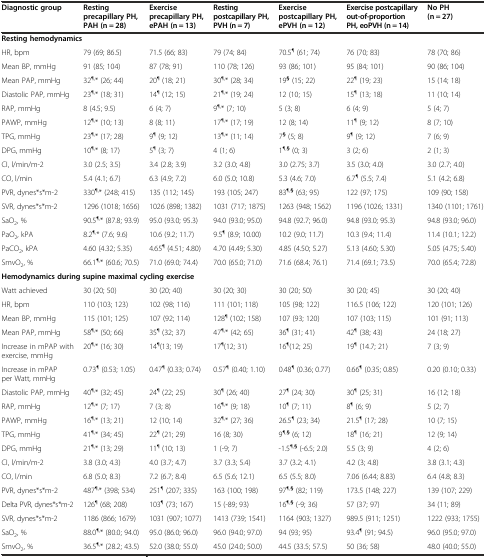
<table><thead><tr><td><b>Diagnostic group</b></td><td><b>Resting precapillary PH, PAH (n = 28)</b></td><td><b>Exercise precapillary PH, ePAH (n = 13)</b></td><td><b>Resting postcapillary PH, PVH (n = 7)</b></td><td><b>Exercise postcapillary PH, ePVH (n = 12)</b></td><td><b>Exercise postcapillary out-of-proportion PH, eoPVH (n = 14)</b></td><td><b>No PH (n = 27)</b></td></tr></thead><tbody><tr><td colspan="6"><b>Resting hemodynamics</b></td><td></td></tr><tr><td>HR, bpm</td><td>79 (69; 86.5)</td><td>71.5 (66; 83)</td><td>79 (74; 84)</td><td>70.5<sup>¶</sup> (61; 74)</td><td>76 (70; 83)</td><td>78 (70; 86)</td></tr><tr><td>Mean BP, mmHg</td><td>91 (85; 104)</td><td>87 (78; 91)</td><td>110 (78; 126)</td><td>93 (86; 101)</td><td>95 (84; 101)</td><td>90 (86; 104)</td></tr><tr><td>Mean PAP, mmHg</td><td>32<sup>¶,</sup>* (26; 44)</td><td>20<sup>¶</sup> (18; 21)</td><td>30<sup>¶,</sup>* (28; 34)</td><td>19<sup><b>§</b></sup> (15; 22)</td><td>22<sup>¶</sup> (19; 23)</td><td>15 (14; 18)</td></tr><tr><td>Diastolic PAP, mmHg</td><td>23<sup>¶,</sup>* (18; 31)</td><td>14<sup>¶</sup> (12; 15)</td><td>21<sup>¶,</sup>* (19; 24)</td><td>12 (10; 15)</td><td>15<sup>¶</sup> (13; 18)</td><td>11 (10; 14)</td></tr><tr><td>RAP, mmHg</td><td>8 (4.5; 9.5)</td><td>6 (4; 7)</td><td>9<sup>¶,</sup>* (7; 10)</td><td>5 (3; 8)</td><td>6 (4; 9)</td><td>5 (4; 7)</td></tr><tr><td>PAWP, mmHg</td><td>12<sup>¶,</sup>* (10; 13)</td><td>8 (8; 11)</td><td>17<sup>¶,</sup>* (17; 19)</td><td>12 (8; 14)</td><td>11<sup>¶</sup> (9; 12)</td><td>8 (7; 10)</td></tr><tr><td>TPG, mmHg</td><td>23<sup>¶,</sup>* (17; 28)</td><td>9<sup>¶</sup> (9; 12)</td><td>13<sup>¶,</sup>* (11; 14)</td><td>7<sup><b>§</b></sup> (5; 8)</td><td>9<sup>¶</sup> (9; 12)</td><td>7 (6; 9)</td></tr><tr><td>DPG, mmHg</td><td>10<sup>¶,</sup>* (8; 17)</td><td>5<sup>¶</sup> (3; 7)</td><td>4 (1; 6)</td><td>1<sup>¶,</sup><sup><b>§</b></sup> (0; 3)</td><td>3 (2; 6)</td><td>2 (1; 3)</td></tr><tr><td>CI, l/min/m-2</td><td>3.0 (2.5; 3.5)</td><td>3.4 (2.8; 3.9)</td><td>3.2 (3.0; 4.8)</td><td>3.0 (2.75; 3.7)</td><td>3.5 (3.0; 4.0)</td><td>3.0 (2.7; 4.0)</td></tr><tr><td>CO, l/min</td><td>5.4 (4.1; 6.7)</td><td>6.3 (4.9; 7.2)</td><td>6.0 (5.0; 10.8)</td><td>5.3 (4.6; 7.0)</td><td>6.7<sup>¶</sup> (5.5; 7.4)</td><td>5.1 (4.2; 6.8)</td></tr><tr><td>PVR, dynes*s*m-2</td><td>330<sup>¶,</sup>* (248; 415)</td><td>135 (112; 145)</td><td>193 (105; 247)</td><td>83<sup>¶,</sup><sup><b>§</b></sup> (63; 95)</td><td>122 (97; 175)</td><td>109 (90; 158)</td></tr><tr><td>SVR, dynes*s*m-2</td><td>1296 (1018; 1656)</td><td>1026 (898; 1382)</td><td>1031 (717; 1875)</td><td>1263 (948; 1562)</td><td>1196 (1026; 1331)</td><td>1340 (1101; 1761)</td></tr><tr><td>SaO<sub>2</sub>, %</td><td>90.5<sup>¶,</sup>* (87.8; 93.9)</td><td>95.0 (93.0; 95.3)</td><td>94.0 (93.0; 95.0)</td><td>94.8 (92.7; 96.0)</td><td>94.8 (93.0; 95.3)</td><td>94.8 (93.0; 96.0)</td></tr><tr><td>PaO<sub>2</sub>, kPA</td><td>8.2<sup>¶,</sup>* (7.6; 9.6)</td><td>10.6 (9.2; 11.7)</td><td>9.5<sup>¶</sup> (8.9; 10.00)</td><td>10.2 (9.0; 11.7)</td><td>10.3 (9.4; 11.4)</td><td>11.4 (10.1; 12.2)</td></tr><tr><td>PaCO<sub>2</sub>, kPA</td><td>4.60 (4.32; 5.35)</td><td>4.65<sup>¶</sup> (4.51; 4.80)</td><td>4.70 (4.49; 5.30)</td><td>4.85 (4.50; 5.27)</td><td>5.13 (4.60; 5.30)</td><td>5.05 (4.75; 5.40)</td></tr><tr><td>SmvO<sub>2</sub>, %</td><td>66.1<sup>¶,</sup>* (60.6; 70.5)</td><td>71.0 (69.0; 74.4)</td><td>70.0 (65.0; 71.0)</td><td>71.6 (68.4; 76.1)</td><td>71.4 (69.1; 73.5)</td><td>70.0 (65.4; 72.8)</td></tr><tr><td colspan="6"><b>Hemodynamics during supine maximal cycling exercise</b></td><td></td></tr><tr><td>Watt achieved</td><td>30 (20; 50)</td><td>30 (20; 40)</td><td>30 (20; 30)</td><td>30 (20; 50)</td><td>30 (20; 45)</td><td>30 (20; 40)</td></tr><tr><td>HR, bpm</td><td>110 (103; 123)</td><td>102 (98; 116)</td><td>111 (101; 118)</td><td>105 (98; 122)</td><td>116.5 (106; 122)</td><td>120 (101; 126)</td></tr><tr><td>Mean BP, mmHg</td><td>115 (101; 125)</td><td>107 (92; 114)</td><td>128<sup>¶</sup> (102; 158)</td><td>107 (93; 120)</td><td>107 (103; 115)</td><td>101 (91; 113)</td></tr><tr><td>Mean PAP, mmHg</td><td>58<sup>¶,</sup>* (50; 66)</td><td>35<sup>¶</sup> (32; 37)</td><td>47<sup>¶,</sup>* (42; 65)</td><td>36<sup>¶</sup> (31; 41)</td><td>42<sup>¶</sup> (38; 43)</td><td>24 (18; 27)</td></tr><tr><td>Increase in mPAP with exercise, mmHg</td><td>20<sup>¶,</sup>* (16; 30)</td><td>14<sup>¶</sup>(13; 19)</td><td>17<sup>¶</sup>(12; 31)</td><td>16<sup>¶</sup>(12; 25)</td><td>19<sup>¶</sup> (14.7; 21)</td><td>7 (3; 9)</td></tr><tr><td>Increase in mPAP per Watt, mmHg</td><td>0.73<sup>¶</sup> (0.53; 1.05)</td><td>0.47<sup>¶</sup> (0.33; 0.74)</td><td>0.57<sup>¶</sup> (0.40; 1.10)</td><td>0.48<sup>¶</sup> (0.36; 0.77)</td><td>0.66<sup>¶</sup> (0.35; 0.85)</td><td>0.20 (0.10; 0.33)</td></tr><tr><td>Diastolic PAP, mmHg</td><td>40<sup>¶,</sup>* (32; 45)</td><td>24<sup>¶</sup> (22; 25)</td><td>30<sup>¶</sup> (26; 40)</td><td>27<sup>¶</sup> (24; 30)</td><td>30<sup>¶</sup> (25; 31)</td><td>16 (12; 18)</td></tr><tr><td>RAP, mmHg</td><td>12<sup>¶,</sup>* (7; 17)</td><td>7 (3; 8)</td><td>16<sup>¶,</sup>* (9; 18)</td><td>10<sup>¶</sup> (7; 11)</td><td>8<sup>¶</sup> (6; 9)</td><td>5 (2; 7)</td></tr><tr><td>PAWP, mmHg</td><td>16<sup>¶,</sup>* (13; 21)</td><td>12 (10; 14)</td><td>32<sup>¶,</sup>* (27; 36)</td><td>26.5<sup>¶</sup> (23; 34)</td><td>21.5<sup>¶</sup> (17; 28)</td><td>10 (7; 15)</td></tr><tr><td>TPG, mmHg</td><td>41<sup>¶,</sup>* (34; 45)</td><td>22<sup>¶</sup> (21; 29)</td><td>16 (8; 30)</td><td>9<sup>¶,</sup><sup><b>§</b></sup> (6; 12)</td><td>18<sup>¶</sup> (16; 21)</td><td>12 (9; 14)</td></tr><tr><td>DPG, mmHg</td><td>21<sup>¶,</sup>* (13; 29)</td><td>11<sup>¶</sup> (10; 13)</td><td>1 (-9; 7)</td><td>-1.5<sup>¶,</sup><sup><b>§</b></sup> (-6.5; 2.0)</td><td>5.5 (3; 9)</td><td>4 (2; 6)</td></tr><tr><td>CI, l/min/m-2</td><td>3.8 (3.0; 4.3)</td><td>4.0 (3.7; 4.7)</td><td>3.7 (3.3; 5.4)</td><td>3.7 (3.2; 4.1)</td><td>4.2 (3; 4.8)</td><td>3.8 (3.1; 4.3)</td></tr><tr><td>CO, l/min</td><td>6.8 (5.0; 8.3)</td><td>7.2 (6.7; 8.4)</td><td>6.5 (5.6; 12.1)</td><td>6.5 (5.5; 8.0)</td><td>7.06 (6.44; 8.83)</td><td>6.4 (4.8; 8.3)</td></tr><tr><td>PVR, dynes*s*m-2</td><td>487<sup>¶,</sup>* (398; 534)</td><td>251<sup>¶</sup> (207; 335)</td><td>163 (100; 198)</td><td>97<sup>¶,</sup><sup><b>§</b></sup> (82; 119)</td><td>173.5 (148; 227)</td><td>139 (107; 229)</td></tr><tr><td>Delta PVR, dynes*s*m-2</td><td>126<sup>¶</sup> (68; 208)</td><td>103<sup>¶</sup> (73; 167)</td><td>15 (-89; 93)</td><td>16<sup>¶,</sup><sup><b>§</b></sup> (-9; 36)</td><td>57 (37; 97)</td><td>34 (11; 89)</td></tr><tr><td>SVR, dynes*s*m-2</td><td>1186 (866; 1679)</td><td>1031 (907; 1077)</td><td>1413 (739; 1541)</td><td>1164 (903; 1327)</td><td>989.5 (911; 1251)</td><td>1222 (933; 1755)</td></tr><tr><td>SaO<sub>2</sub>, %</td><td>88.0<sup>¶,</sup>* (80.0; 94.0)</td><td>95.0 (86.0; 96.0)</td><td>96.0 (94.0; 97.0)</td><td>94 (93; 95)</td><td>93.4<sup>¶</sup> (91; 94.5)</td><td>96.0 (95.0; 97.0)</td></tr><tr><td>SmvO<sub>2</sub>, %</td><td>36.5<sup>¶,</sup>* (28.2; 43.5)</td><td>52.0 (38.0; 55.0)</td><td>45.0 (24.0; 50.0)</td><td>44.5 (33.5; 57.5)</td><td>50 (36; 58)</td><td>48.0 (40.0; 55.0)</td></tr></tbody></table>